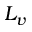
L _ { v }